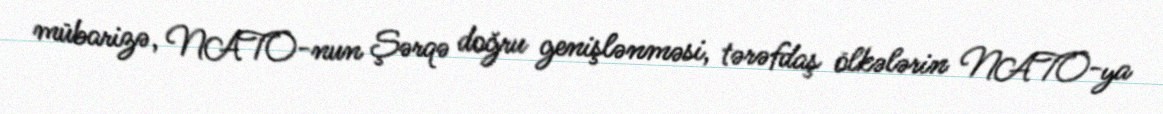
mübarizə, NATO-nun Şərqə doğru genişlənməsi, tərəfdaş ölkələrin NATO-ya